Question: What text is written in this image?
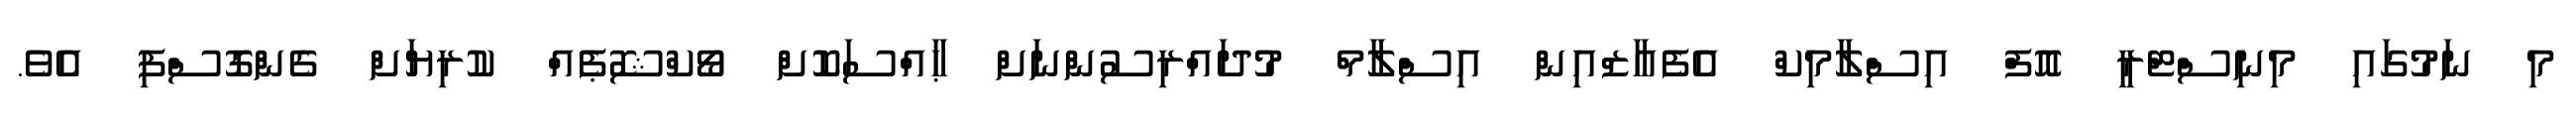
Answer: މި ނަމުގައި މިނިސްޓްރީ އޮފް އިސްލާމިކް އެފެއާޒްއިން އިސްލާމް މުދައްރިސުންނަށް ޙާއްސަކޮށް ވޯކްޝޮޕެއް ކުރިޔަށް ގެންގޮސްފި އެވެ.